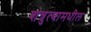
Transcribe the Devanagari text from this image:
शत्रुत्वामधील